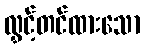
လွှင့်တင်ထားသော